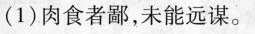
(1)肉食者鄙，未能远谋。